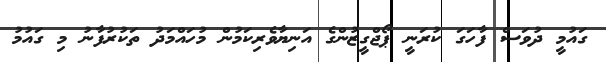
ގައުމީ ދުވަސް ފާހަގަ ކުރަނީ ޕޯޖްގީޒުންގެ އަނިޔާވެރިކަމުން މުހައްމަދު ތަކުރުފާނު މި ގައުމު